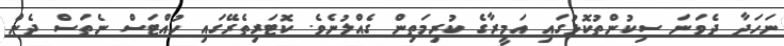
ނަހަދާ ދެވަނަ ސިކުންތުކޮޅުގައި އަމީރާގެ ކުރިމަތިން ގެއްލުނެވެ. ކޮޓަރިތެރޭގައި ހުއްޓަސް ނެތަސް ދެން